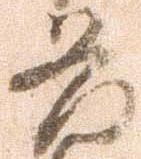
発